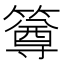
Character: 𥳰